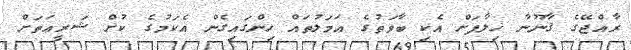
ރާއްޖޭގެ ޤާނޫނާ ޚިލާފަށް އެކި ބާވަތުގެ ޢަމަލުތައް ހިންގައިގެން އެކަމުގެ ކުށް ޝަރީޢަތަށް